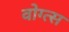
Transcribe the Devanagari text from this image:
वोग्त्स